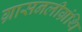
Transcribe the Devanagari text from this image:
ग्रासनलीग्रंथि